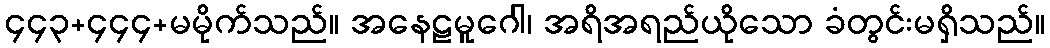
၄၄၃+၄၄၄+မမိုက်သည်။ အနေဠမူဂေါ၊ အရိအရည်ယိုသော ခံတွင်းမရှိသည်။